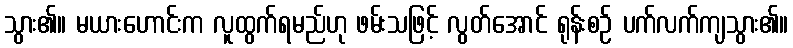
သွား၏။ မယားဟောင်းက လူထွက်ရမည်ဟု ဖမ်းသဖြင့် လွတ်အောင် ရုန်းစဉ် ပက်လက်ကျသွား၏။